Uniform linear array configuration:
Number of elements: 16
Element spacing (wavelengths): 0.75
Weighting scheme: exponential
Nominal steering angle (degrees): -15
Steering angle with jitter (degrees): -13.37
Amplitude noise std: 0.05
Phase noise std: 0.05

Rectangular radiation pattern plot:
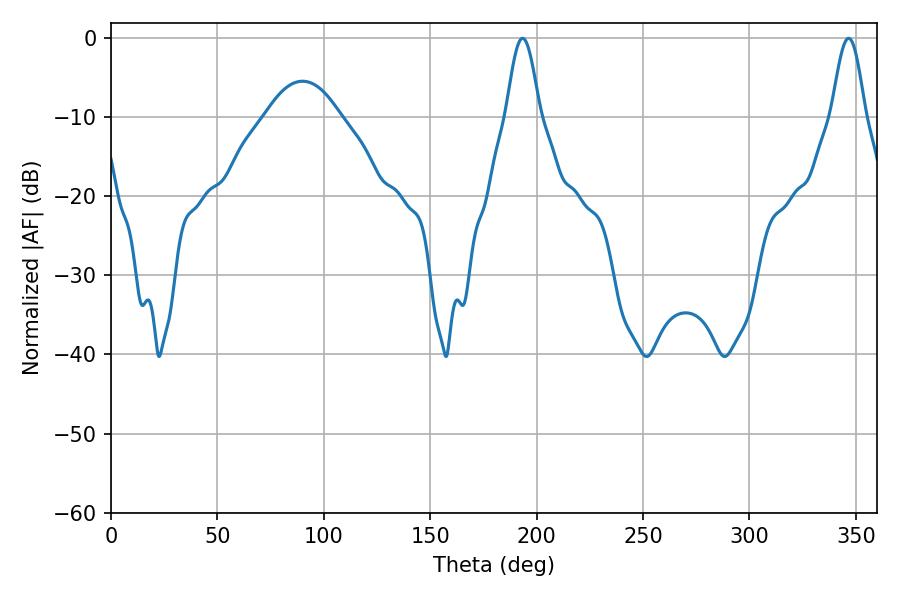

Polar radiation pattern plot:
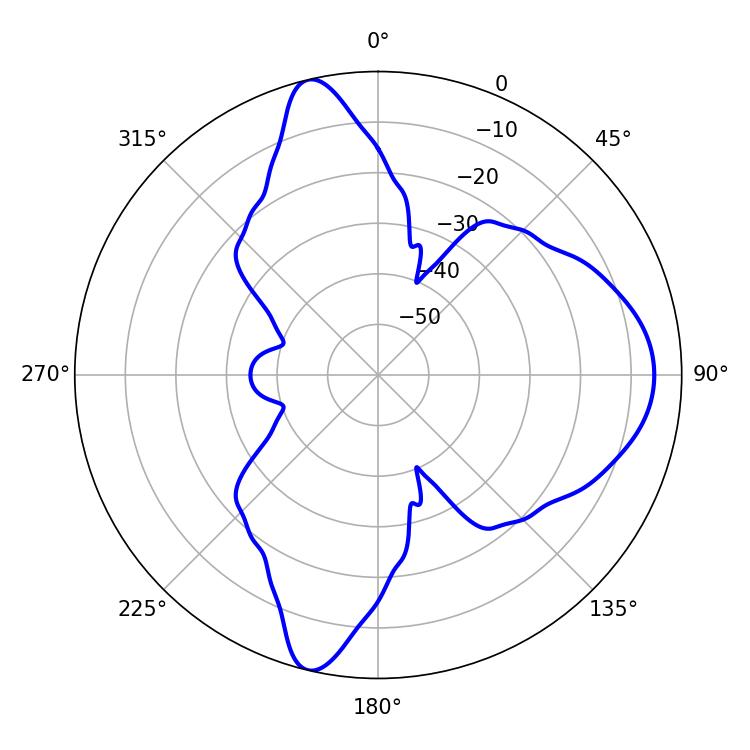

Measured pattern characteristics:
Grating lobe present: TRUE
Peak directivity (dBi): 13.851
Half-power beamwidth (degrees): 8.46
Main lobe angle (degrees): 193.32